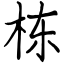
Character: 栋